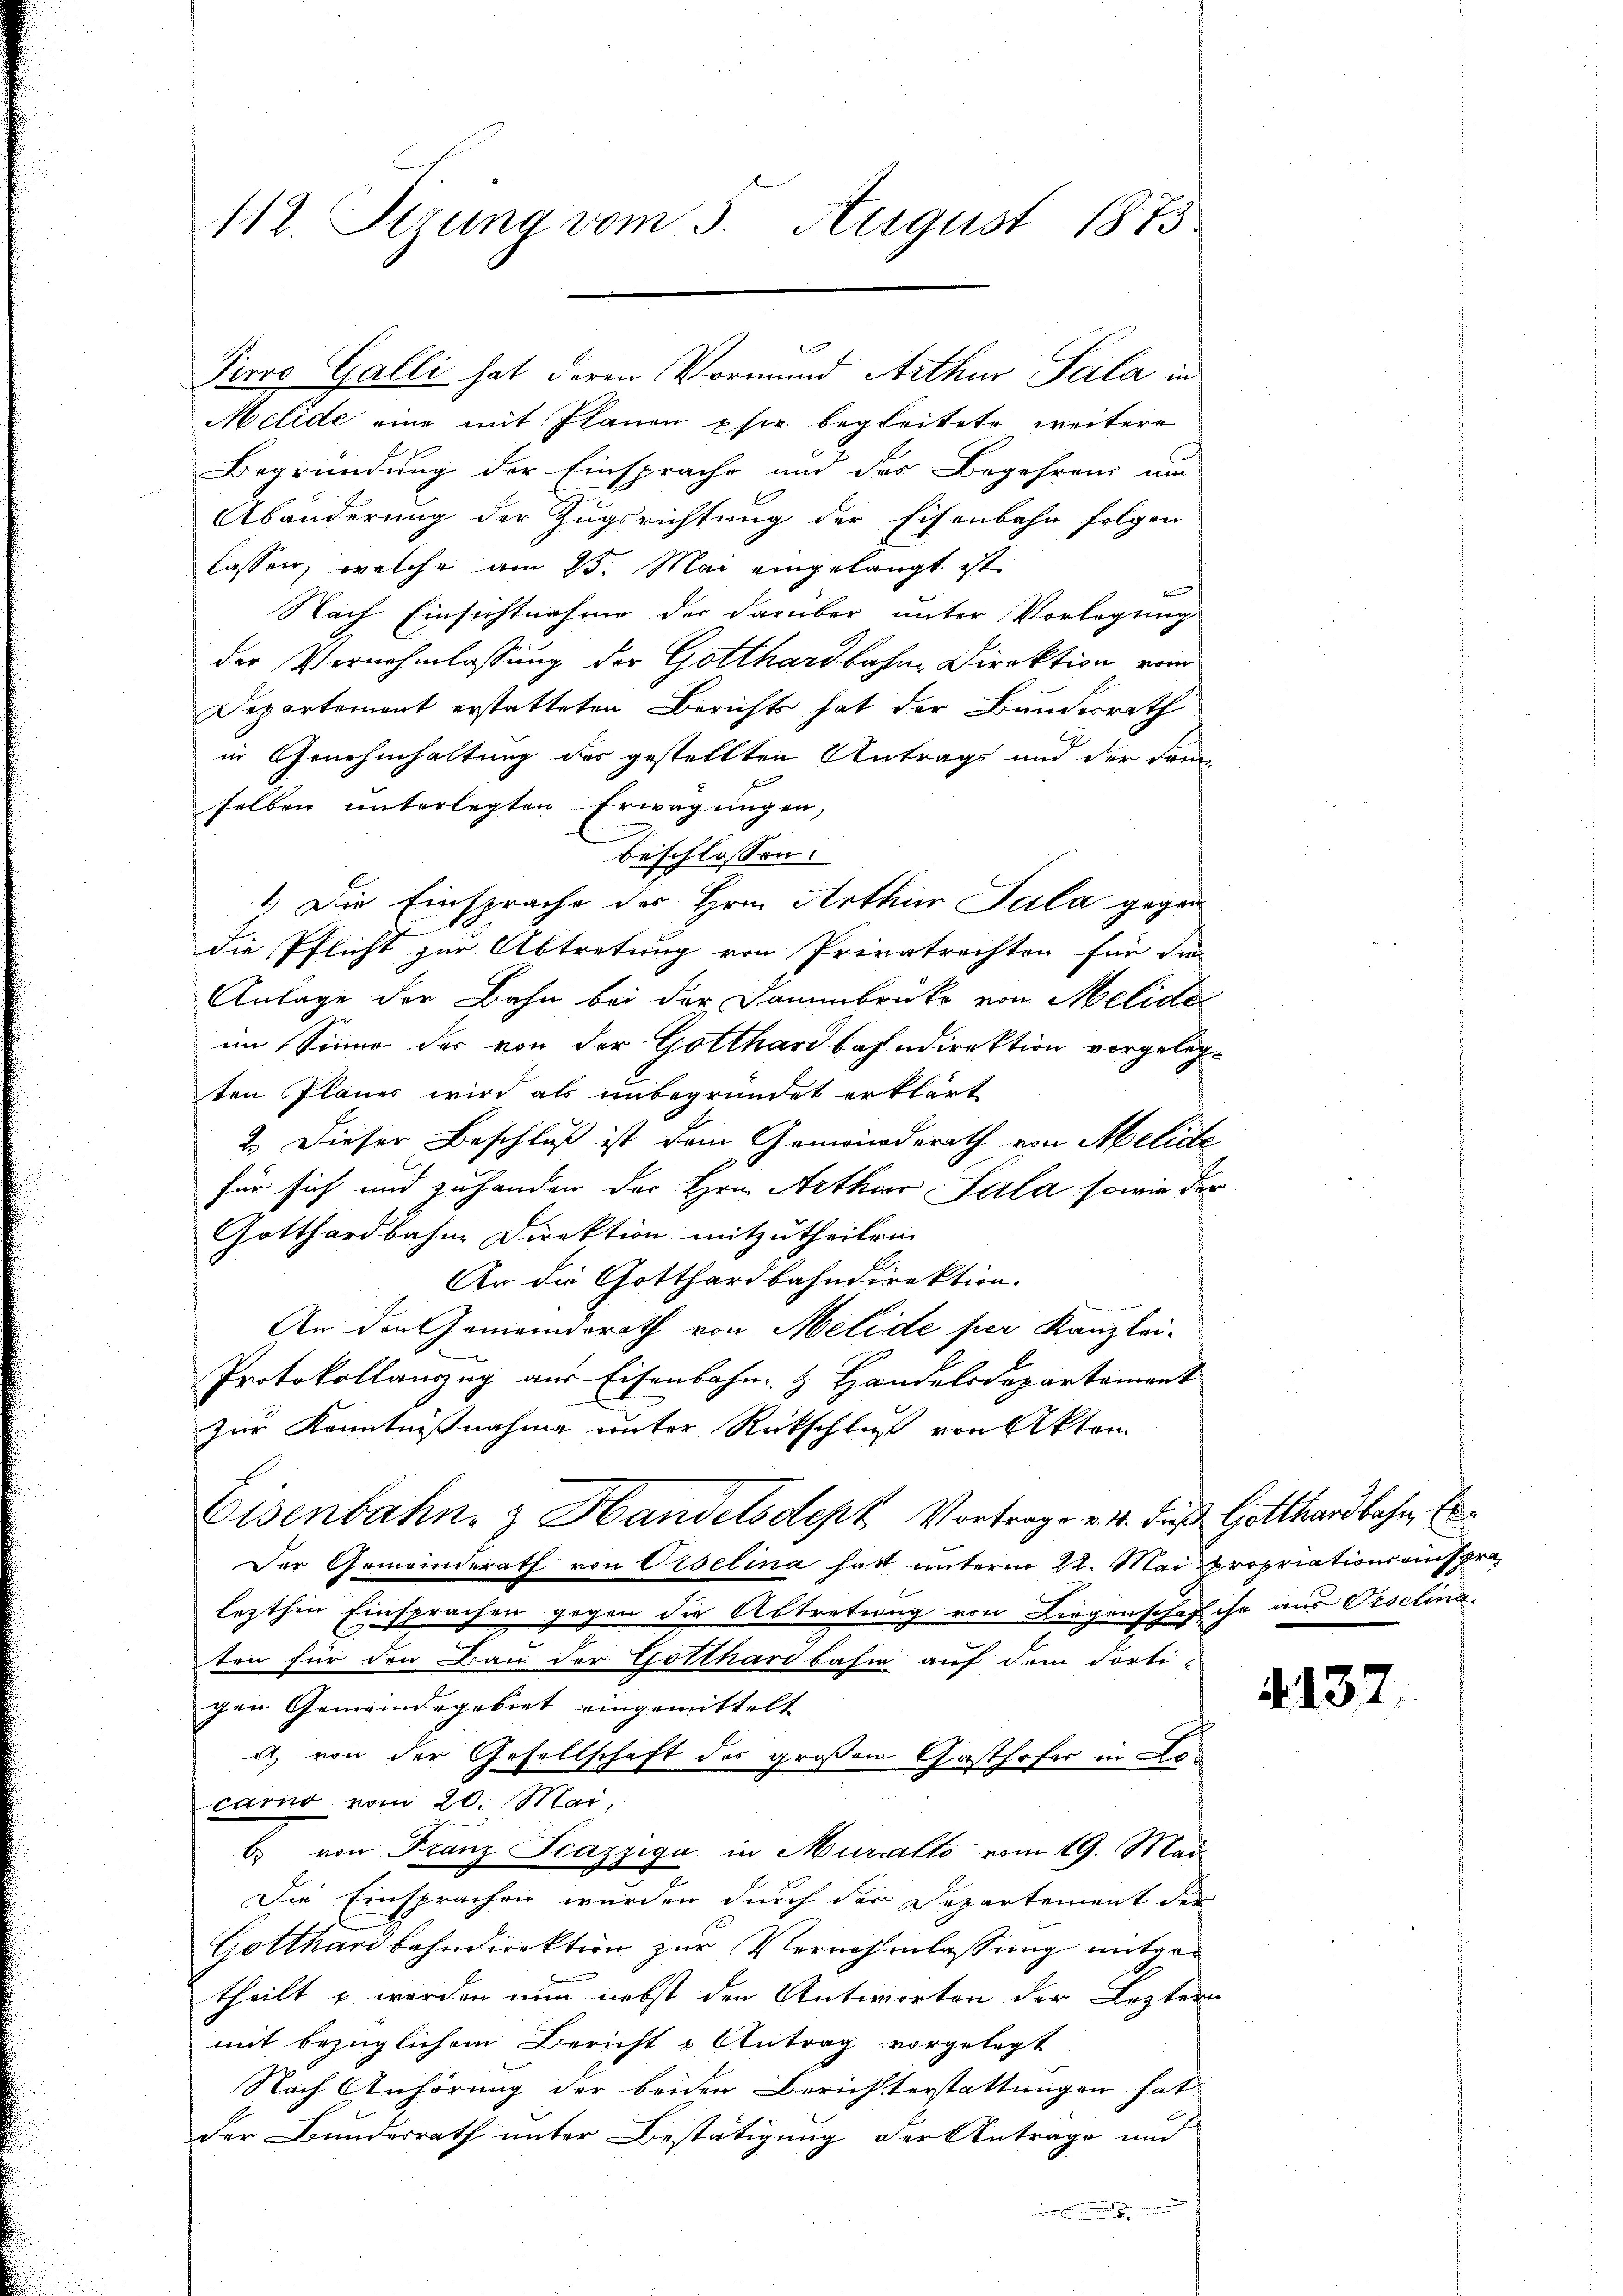
112. Stzung vom 5. August 1873.

Melide eine mit Planen phir begleitete weitere
Begründung der Einsprache und des Begehrens um
Abänderung der Zugsrichtung der Eisenbahn folgen
lassen, welche am 25. Mai eingelangt ist.
Nach Einsichtnahme der darüber unter Vorlegung
der Vernehmlassung der Gotthardbahne Direktion vom
Departement erstatteten Berichts hat der Bundesrath
in Genehmhaltung des gestellten Antrags und der Dom-
selben unterlegten Erwägungen,
.
beschlossen:
1.) Die Einsprache des Hrn. Arthur Sala gegen
die Pflicht zur Abtretung von Privatrechten für die
Anlage der Bahn bei der Dammbrücke von Melide
im Sinne der von der Gotthardbahndirektion vorgelegten Planes wird als unbegründet erklärt
2.) Dieser Beschluß ist dem Gemeinderath von Melide
für sich und zuhanden der Hrn. Arthur Sala sowie der
Gotthardbahne Direktion mitzutheilen.
An die Gotthardbahndirektion.
An den Gemeinderath von Melide per Kanzlei-
Protokollauszug aus Eisenbahn & Handelsdepartament
zur Kenntnißnahme unter Rückschluß von Akten
Eisenbahn & Handelsdept Vortrage v. 4. Fuß Gotthardbahn, be
Der Gemeinderath von Viselina hatt unterm 22. Mai propriationsanspralezthin Einsprachen gegen die Abtretung von Liegenschaf che aus Orsclina.
ten für den Bau der Gotthardbahn auf dem dorti-
gen Gemeindegebiet eingemittelt
d) von der Gesellschaft des großen Gasthofer in Locarno vom 20. Mai,
b. von Franz Scazziga in Muralto vom 19. Mai
Die Einsprachen wurden durch der Departement der
Gotthardbahndirektion zur Vernehmlassung mitgetheilt u. werden nun nebst den Antworten der Leztern
mit bezüglichem Bericht u Antrag vorgelegt
Nach Anhörung der beiden Berichterstattungen hat
der Bundesrath unter Bestätigung der Antrage und
.
.

Tiere Galli hat deren Vormund Arthur Sala in

2132.